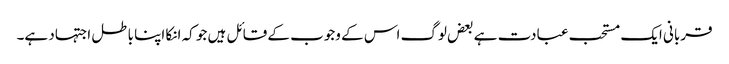
قربانی ایک مستحب عبادت ہے بعض لوگ اس کے وجوب کے قائل ہیں جو کہ انکا اپنا باطل اجتہاد ہے۔